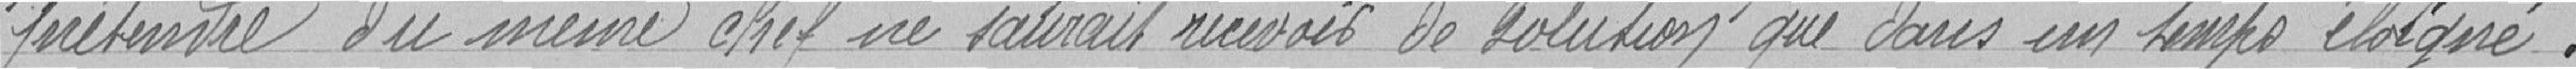
prétendre du même chef ne saurait recevoir de solution que dans un temps éloigné .